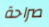
صراحة